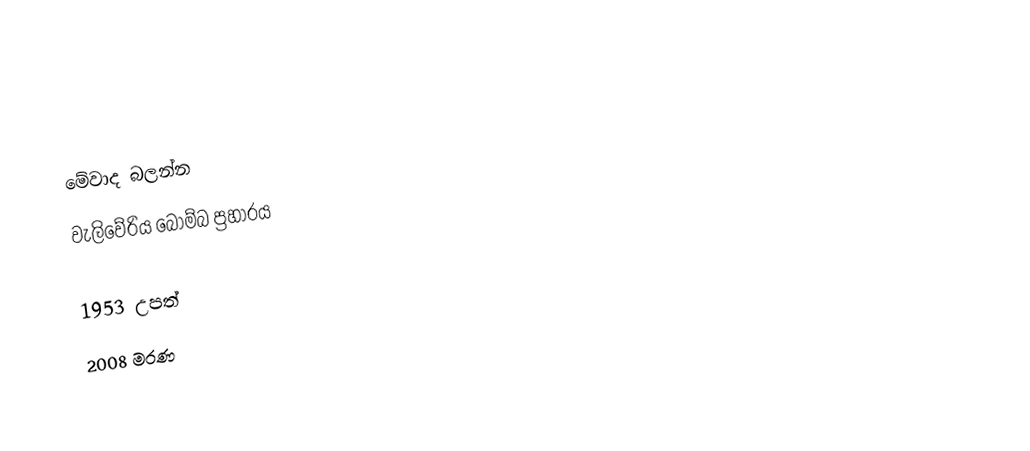

මේවාද බලන්න
 වැලිවේරිය බෝම්බ ප්‍රහාරය

1953 උපත්
2008 මරණ